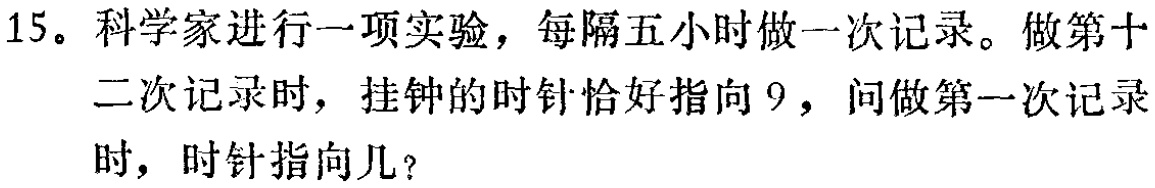
15。科学家进行一项实验，每隔五小时做一次记录。做第十二次记录时，挂钟的时针恰好指向9，问做第一次记录时，时针指向几？